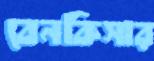
বেনকিসার